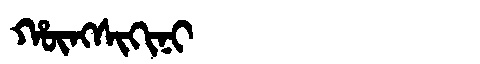
Manchu: ᡥᡡᠩᠰᡳᡴᡳᠨᡳ
Romanization: HŪNGSIKINI